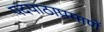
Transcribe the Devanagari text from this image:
पदपाठाप्रमाणें